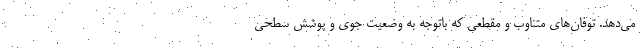
می‌دهد. توفان‌های متناوب و مقطعی که باتوجه به وضعیت جوی و پوشش سطحی